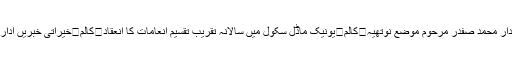
/عرفان عزیز راجہ	کالم	نمبر دار محمد صفدر مرحوم موضع نوتھیہ	کالم	یونیک ماڈل سکول میں سالانہ تقریب تقسیم انعامات کا انعقاد	کالم	خیراتی خبریں ادارے کی ساکھ کو متاثر کرتی ہیں؟